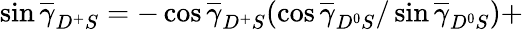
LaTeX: \sin\overline{{\gamma}}_{D^{+}S}=-\cos\overline{{\gamma}}_{D^{+}S}(\cos\overline{{\gamma}}_{D^{0}S}/\sin\overline{{\gamma}}_{D^{0}S})+